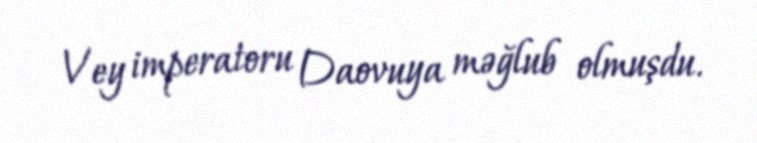
Vey imperatoru Daovuya məğlub olmuşdu.